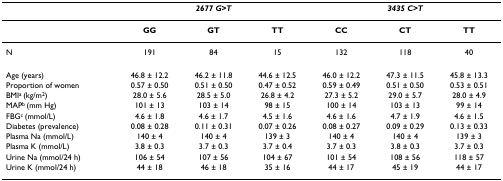
<table><thead><tr><td></td><td colspan="3"><b><i>2677 G&gt;T</i></b></td><td colspan="3"><b><i>3435 C&gt;T</i></b></td></tr></thead><tbody><tr><td></td><td><b>GG</b></td><td><b>GT</b></td><td><b>TT</b></td><td><b>CC</b></td><td><b>CT</b></td><td><b>TT</b></td></tr><tr><td>N</td><td>191</td><td>84</td><td>15</td><td>132</td><td>118</td><td>40</td></tr><tr><td>Age (years)</td><td>46.8 ± 12.2</td><td>46.2 ± 11.8</td><td>44.6 ± 12.5</td><td>46.0 ± 12.2</td><td>47.3 ± 11.5</td><td>45.8 ± 13.3</td></tr><tr><td>Proportion of women</td><td>0.57 ± 0.50</td><td>0.51 ± 0.50</td><td>0.47 ± 0.52</td><td>0.59 ± 0.49</td><td>0.51 ± 0.50</td><td>0.53 ± 0.51</td></tr><tr><td>BMI<sup>a </sup>(kg/m<sup>2</sup>)</td><td>28.0 ± 5.6</td><td>28.5 ± 5.0</td><td>26.8 ± 4.2</td><td>27.3 ± 5.2</td><td>29.0 ± 5.7</td><td>28.0 ± 4.9</td></tr><tr><td>MAP<sup>b </sup>(mm Hg)</td><td>101 ± 13</td><td>103 ± 14</td><td>98 ± 15</td><td>100 ± 14</td><td>103 ± 13</td><td>99 ± 14</td></tr><tr><td>FBG<sup>c </sup>(mmol/L)</td><td>4.6 ± 1.8</td><td>4.6 ± 1.7</td><td>4.5 ± 1.6</td><td>4.6 ± 1.6</td><td>4.7 ± 1.9</td><td>4.6 ± 1.5</td></tr><tr><td>Diabetes (prevalence)</td><td>0.08 ± 0.28</td><td>0.11 ± 0.31</td><td>0.07 ± 0.26</td><td>0.08 ± 0.27</td><td>0.09 ± 0.29</td><td>0.13 ± 0.33</td></tr><tr><td>Plasma Na (mmol/L)</td><td>140 ± 4</td><td>140 ± 4</td><td>139 ± 3</td><td>140 ± 4</td><td>140 ± 4</td><td>139 ± 3</td></tr><tr><td>Plasma K (mmol/L)</td><td>3.8 ± 0.3</td><td>3.7 ± 0.3</td><td>3.7 ± 0.4</td><td>3.7 ± 0.3</td><td>3.8 ± 0.3</td><td>3.7 ± 0.3</td></tr><tr><td>Urine Na (mmol/24 h)</td><td>106 ± 54</td><td>107 ± 56</td><td>104 ± 67</td><td>101 ± 54</td><td>108 ± 56</td><td>118 ± 57</td></tr><tr><td>Urine K (mmol/24 h)</td><td>44 ± 18</td><td>46 ± 18</td><td>35 ± 16</td><td>44 ± 17</td><td>45 ± 19</td><td>44 ± 17</td></tr></tbody></table>